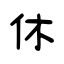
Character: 休